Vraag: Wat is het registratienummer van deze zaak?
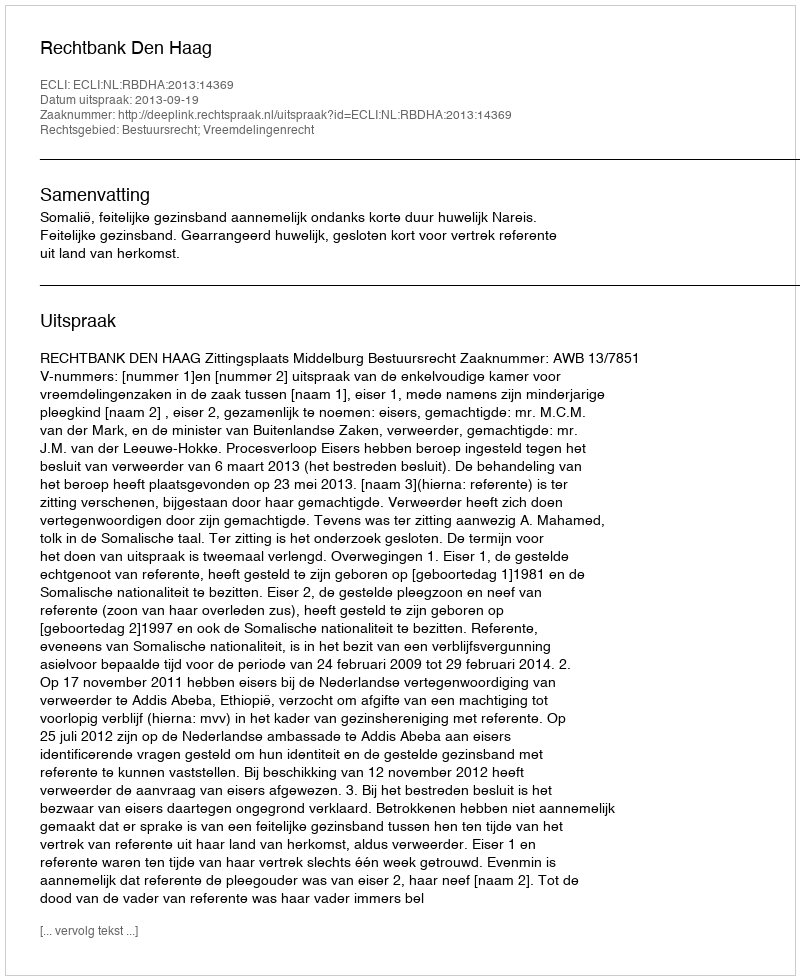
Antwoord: http://deeplink.rechtspraak.nl/uitspraak?id=ECLI:NL:RBDHA:2013:14369